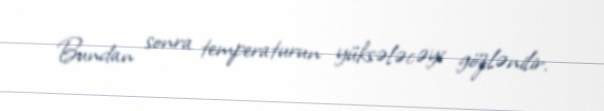
Bundan sonra temperaturun yüksələcəyi gözlənilir.